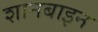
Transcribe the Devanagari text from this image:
शानबाइन